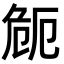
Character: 𭅻